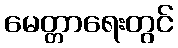
မေတ္တာရေးတွင်